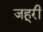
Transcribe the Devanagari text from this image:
जहूरी